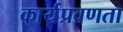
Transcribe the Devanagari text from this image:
कार्यप्रवणता